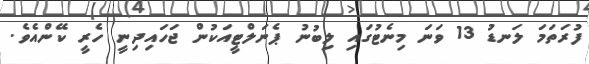
ފުރަތަމަ ލަނޑު 13 ވަނަ މިނެޓުގައި ލިބުނު ޕެނަލްޓީއަކުން ޖަހައިދިނީ ހެރީ ކޭންއެވެ.